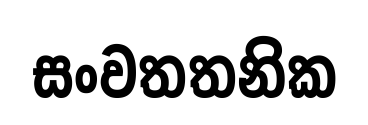
සංවතතනික